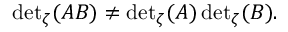
{ \operatorname * { d e t } } _ { \zeta } ( A B ) \neq { \operatorname * { d e t } } _ { \zeta } ( A ) \, { \operatorname * { d e t } } _ { \zeta } ( B ) .